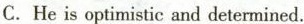
C. He is optimistic and determined.